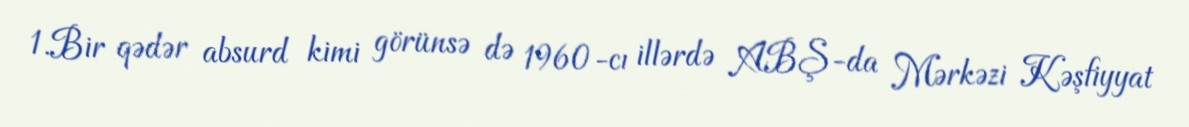
1.Bir qədər absurd kimi görünsə də 1960-cı illərdə ABŞ-da Mərkəzi Kəşfiyyat